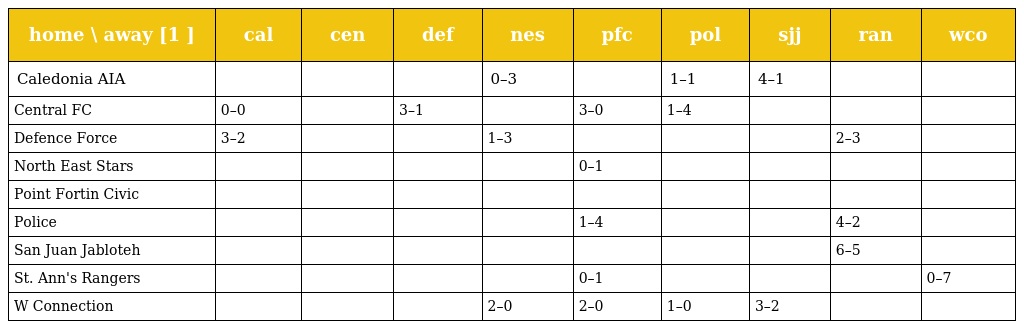
| home \ away [1 ] | cal | cen | def | nes | pfc | pol | sjj | ran | wco |
 | --- | --- | --- | --- | --- | --- | --- | --- | --- | --- |
 | Caledonia AIA |  |  |  | 0–3 |  | 1–1 | 4–1 |  |  |
 | Central FC | 0–0 |  | 3–1 |  | 3–0 | 1–4 |  |  |  |
 | Defence Force | 3–2 |  |  | 1–3 |  |  |  | 2–3 |  |
 | North East Stars |  |  |  |  | 0–1 |  |  |  |  |
 | Point Fortin Civic |  |  |  |  |  |  |  |  |  |
 | Police |  |  |  |  | 1–4 |  |  | 4–2 |  |
 | San Juan Jabloteh |  |  |  |  |  |  |  | 6–5 |  |
 | St. Ann's Rangers |  |  |  |  | 0–1 |  |  |  | 0–7 |
 | W Connection |  |  |  | 2–0 | 2–0 | 1–0 | 3–2 |  |  |